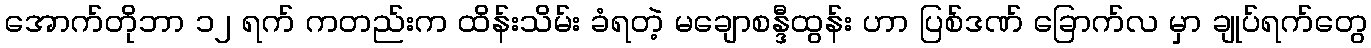
အောက်တိုဘာ ၁၂ ရက် ကတည်းက ထိန်းသိမ်း ခံရတဲ့ မချောစန္ဒီထွန်း ဟာ ပြစ်ဒဏ် ခြောက်လ မှာ ချုပ်ရက်တွေ